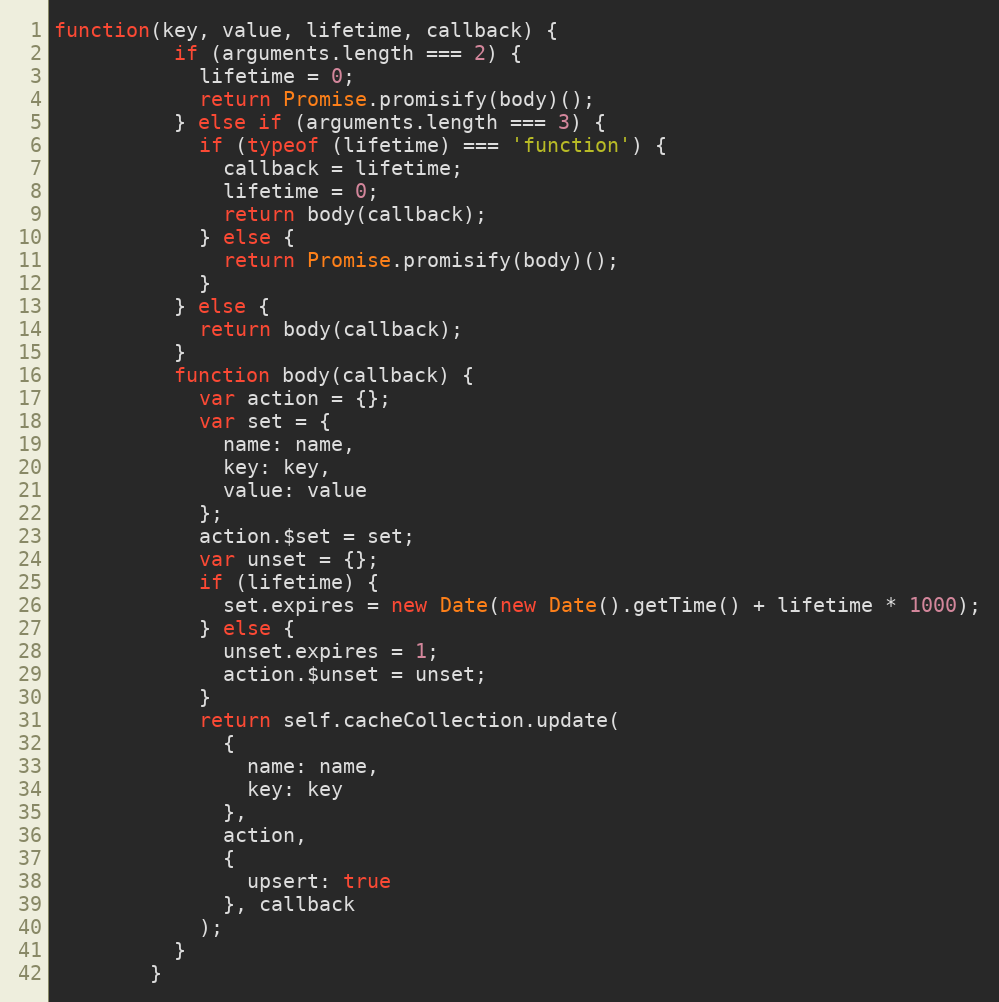
Language: JavaScript
function(key, value, lifetime, callback) {
          if (arguments.length === 2) {
            lifetime = 0;
            return Promise.promisify(body)();
          } else if (arguments.length === 3) {
            if (typeof (lifetime) === 'function') {
              callback = lifetime;
              lifetime = 0;
              return body(callback);
            } else {
              return Promise.promisify(body)();
            }
          } else {
            return body(callback);
          }
          function body(callback) {
            var action = {};
            var set = {
              name: name,
              key: key,
              value: value
            };
            action.$set = set;
            var unset = {};
            if (lifetime) {
              set.expires = new Date(new Date().getTime() + lifetime * 1000);
            } else {
              unset.expires = 1;
              action.$unset = unset;
            }
            return self.cacheCollection.update(
              {
                name: name,
                key: key
              },
              action,
              {
                upsert: true
              }, callback
            );
          }
        }